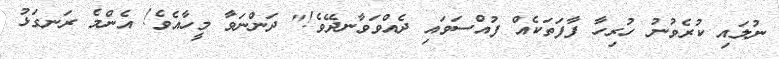
ނުލައި ކުރެވުނު ހުރިހާ ފާފަތަކެއް ފުއްސަވައި ދެއްވަވާނދޭވެ!" ދަންނަވާ މީހާއެވެ! އެންމެ ރަނގަޅު